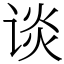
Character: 谈